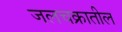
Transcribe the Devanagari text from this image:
जलचक्रातील